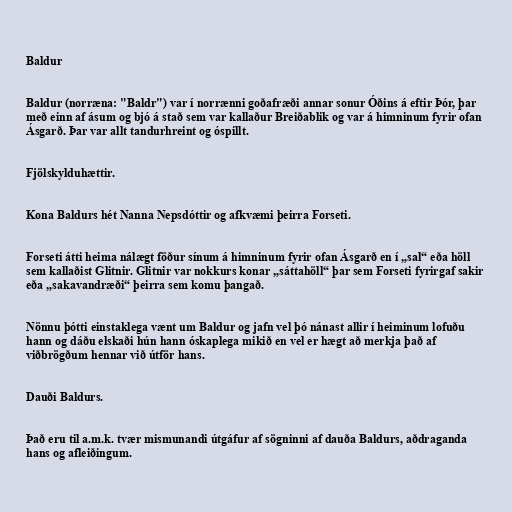
Baldur

Baldur (norræna: "Baldr") var í norrænni goðafræði annar sonur Óðins á eftir Þór, þar
með einn af ásum og bjó á stað sem var kallaður Breiðablik og var á himninum fyrir ofan
Ásgarð. Þar var allt tandurhreint og óspillt.

Fjölskylduhættir.

Kona Baldurs hét Nanna Nepsdóttir og afkvæmi þeirra Forseti.

Forseti átti heima nálægt föður sínum á himninum fyrir ofan Ásgarð en í „sal“ eða höll
sem kallaðist Glitnir. Glitnir var nokkurs konar „sáttahöll“ þar sem Forseti fyrirgaf sakir
eða „sakavandræði“ þeirra sem komu þangað.

Nönnu þótti einstaklega vænt um Baldur og jafn vel þó nánast allir í heiminum lofuðu
hann og dáðu elskaði hún hann óskaplega mikið en vel er hægt að merkja það af
viðbrögðum hennar við útför hans.

Dauði Baldurs.

Það eru til a.m.k. tvær mismunandi útgáfur af sögninni af dauða Baldurs, aðdraganda
hans og afleiðingum.